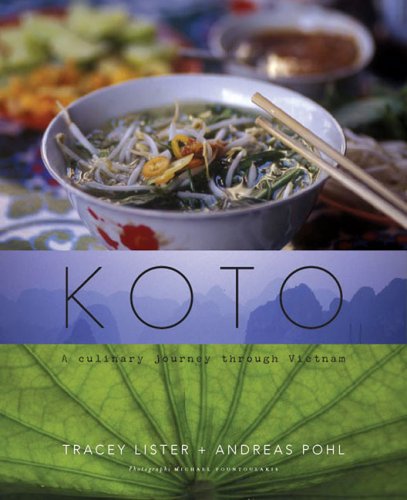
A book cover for Koto; Tracey Lister; Cookbooks, Food & Wine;